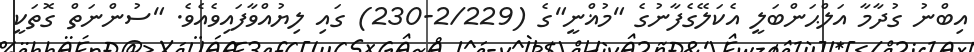
އިބްނު ގުދާމާ އަލްޙަންބަލީ އެކަލޭގެފާނުގެ "މުޣްނީ"ގެ (2/229-230) ގައި ލިޔުއްވާފައިވެއެވެ. "ސުންނަތް ގޮތަކީ